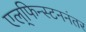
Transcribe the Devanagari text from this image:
एल्‌फिन्स्टननंतर